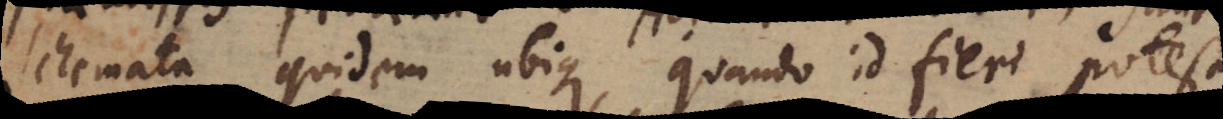
Schemata quidem ubique, quando id fieri potest,